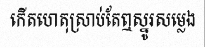
កើតហេតុស្រាប់តែឮស្នូរសម្លេង